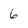
Character: 6